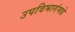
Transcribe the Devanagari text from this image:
उपविभागंमधे